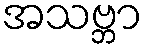
အသဗ္ဘာ